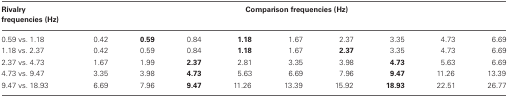
<table><thead><tr><td><b>Rivalry frequencies (Hz)</b></td><td colspan="9"><b>Comparison frequencies (Hz)</b></td></tr></thead><tbody><tr><td>0.59 vs. 1.18</td><td>0.42</td><td><b>0.59</b></td><td>0.84</td><td><b>1.18</b></td><td>1.67</td><td>2.37</td><td>3.35</td><td>4.73</td><td>6.69</td></tr><tr><td>1.18 vs. 2.37</td><td>0.42</td><td>0.59</td><td>0.84</td><td><b>1.18</b></td><td>1.67</td><td><b>2.37</b></td><td>3.35</td><td>4.73</td><td>6.69</td></tr><tr><td>2.37 vs. 4.73</td><td>1.67</td><td>1.99</td><td><b>2.37</b></td><td>2.81</td><td>3.35</td><td>3.98</td><td><b>4.73</b></td><td>5.63</td><td>6.69</td></tr><tr><td>4.73 vs. 9.47</td><td>3.35</td><td>3.98</td><td><b>4.73</b></td><td>5.63</td><td>6.69</td><td>7.96</td><td><b>9.47</b></td><td>11.26</td><td>13.39</td></tr><tr><td>9.47 vs. 18.93</td><td>6.69</td><td>7.96</td><td><b>9.47</b></td><td>11.26</td><td>13.39</td><td>15.92</td><td><b>18.93</b></td><td>22.51</td><td>26.77</td></tr></tbody></table>